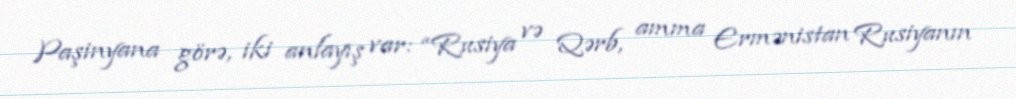
Paşinyana görə, iki anlayış var: “Rusiya və Qərb, amma Ermənistan Rusiyanın